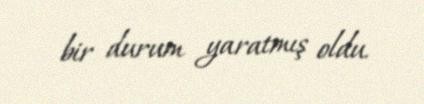
bir durum yaratmış oldu.